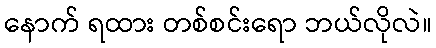
နောက် ရထား တစ်စင်းရော ဘယ်လိုလဲ။